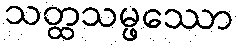
သတ္ထသမ္ဖဿော